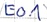
Text: E0.1